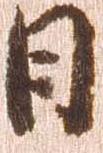
日